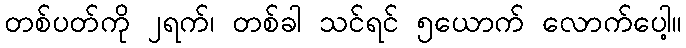
တစ်ပတ်ကို ၂ရက်၊ တစ်ခါ သင်ရင် ၅ယောက် လောက်ပေါ့။